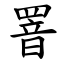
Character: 罯